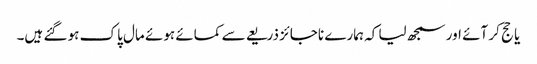
یا حج کر آئے اور سمجھ لیا کہ ہمارے ناجائز ذریعے سے کمائے ہوئے مال پاک ہو گئے ہیں۔